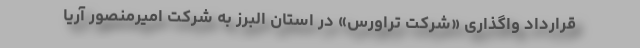
قرارداد واگذاری «شرکت تراورس» در استان البرز به شرکت امیرمنصور آریا